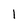
Character: l